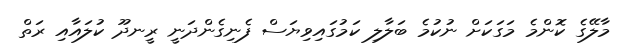
މާލޭގެ ކޮންމެ މަގަކަށް ނުކުމެ ބަލާލި ކަމުގައިވިޔަސް ފެނިގެންދަނީ ރީނދޫ ކުލައާއި ރަތް